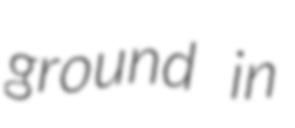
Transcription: ground in